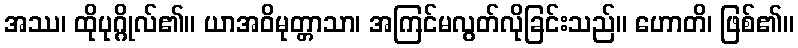
အဿ၊ ထိုပုဂ္ဂိုလ်၏။ ယာအဝိမုတ္တာသာ၊ အကြင်မလွတ်လိုခြင်းသည်။ ဟောတိ၊ ဖြစ်၏။